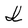
Character: I